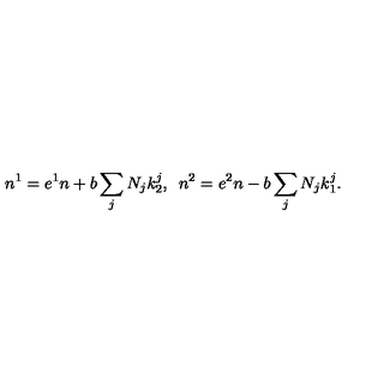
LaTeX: n ^ { 1 } = e ^ { 1 } n + b \sum _ { j } N _ { j } k _ { 2 } ^ { j } , \enspace n ^ { 2 } = e ^ { 2 } n - b \sum _ { j } N _ { j } k _ { 1 } ^ { j } .